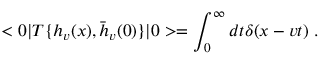
< 0 | T \{ h _ { v } ( x ) , { \bar { h } } _ { v } ( 0 ) \} | 0 > = \int _ { 0 } ^ { \infty } d t \delta ( x - v t ) \; .